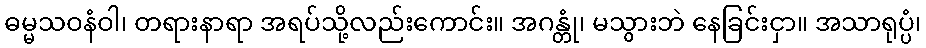
ဓမ္မသဝနံဝါ၊ တရားနာရာ အရပ်သို့လည်းကောင်း။ အဂန္တုံ၊ မသွားဘဲ နေခြင်းငှာ။ အသာရုပ္ပံ၊